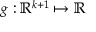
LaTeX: g : \mathbb { R } ^ { k + 1 } \mapsto \mathbb { R }